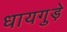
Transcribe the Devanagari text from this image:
धायगुड़े